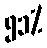
၅၁%